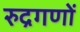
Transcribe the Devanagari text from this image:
रुद्रगणों